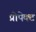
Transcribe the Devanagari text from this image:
प्रोपेक्ट